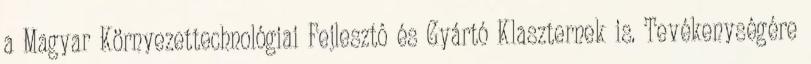
a Magyar Környezettechnológiai Fejlesztô és Gyártó Klaszternek is. Tevékenységére